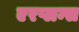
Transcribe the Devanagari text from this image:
एरप्लन्स